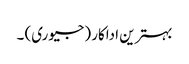
بہترین اداکار (جیوری) ۔